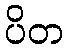
ပိတ